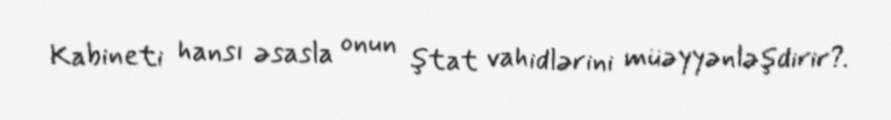
Kabineti hansı əsasla onun ştat vahidlərini müəyyənləşdirir?.